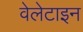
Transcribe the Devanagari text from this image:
वेलेटाइन